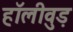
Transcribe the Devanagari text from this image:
हॉलीवुड़